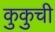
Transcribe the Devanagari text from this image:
कुकुची